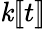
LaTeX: \mathit{k}[\! [t]\! ]